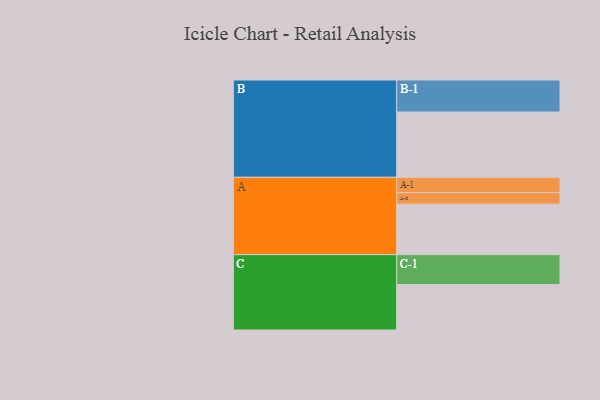
{"axis": {"x": "Segment", "y": "Value"}, "legend": ["", "A", "B", "C"], "data": [{"x": "A", "y": 361, "type": ""}, {"x": "B", "y": 467, "type": ""}, {"x": "C", "y": 325, "type": ""}, {"x": "A-1", "y": 110, "type": "A"}, {"x": "A-2", "y": 82, "type": "A"}, {"x": "B-1", "y": 229, "type": "B"}, {"x": "C-1", "y": 214, "type": "C"}]}